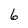
Character: 6